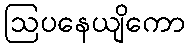
ဩပနေယျိကော